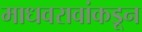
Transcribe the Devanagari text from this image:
माधवरावांकडून